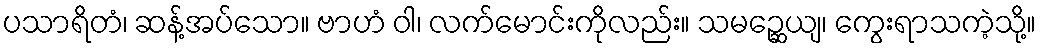
ပသာရိတံ၊ ဆန့်အပ်သော။ ဗာဟံ ဝါ၊ လက်မောင်းကိုလည်း။ သမဉ္ဆေယျ၊ ကွေးရာသကဲ့သို့။